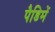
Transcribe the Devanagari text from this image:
पैडिमें